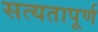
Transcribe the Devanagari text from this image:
सत्यतापूर्ण